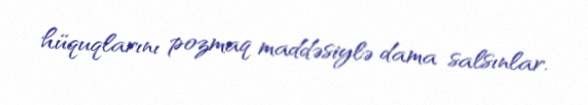
hüquqlarını pozmaq maddəsiylə dama salsınlar.